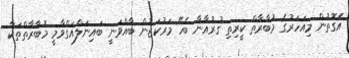
އެގޮތުން މިއަހަރުގެ މުބާރާތް ކީރިތި ޤުރުއާނާ ބެހޭ މަރުކަޒުން ބާއްވަނީ ބައިނަލްއަގްވާމީ މުބާރާތްތަކާ